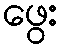
ဖွေး